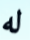
له